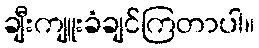
ချီးကျူးခံချင်ကြတာပါ။